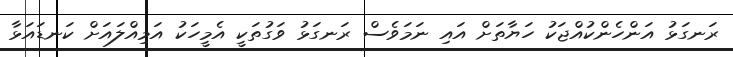
ރަނގަޅު އަންހެންކުއްޖަކު ހަޔާތަށް އައި ނަމަވެސް ރަނގަޅު ވަގުތަކީ އެމީހަކު އަމިއްލައަށް ކަނޑައަޅާ